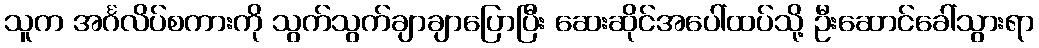
သူက အင်္ဂလိပ်စကားကို သွက်သွက်ချာချာပြောပြီး ဆေးဆိုင်အပေါ်ထပ်သို့ ဦးဆောင်ခေါ်သွားရာ